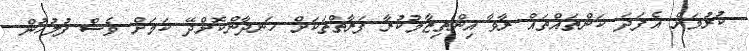
ކުރުމަށް އެފަދަ ކަންތައްތައް ރާވާ އިންތިޒާމުކުރާ ފަރާތްތަކަށް ހަނދާންކޮށްދޭ ކަމަށް ވެސް ފުލުހުން